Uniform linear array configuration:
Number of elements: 4
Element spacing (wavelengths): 1
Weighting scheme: binomial
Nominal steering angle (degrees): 60
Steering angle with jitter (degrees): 59.814
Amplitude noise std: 0.05
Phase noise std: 0.05

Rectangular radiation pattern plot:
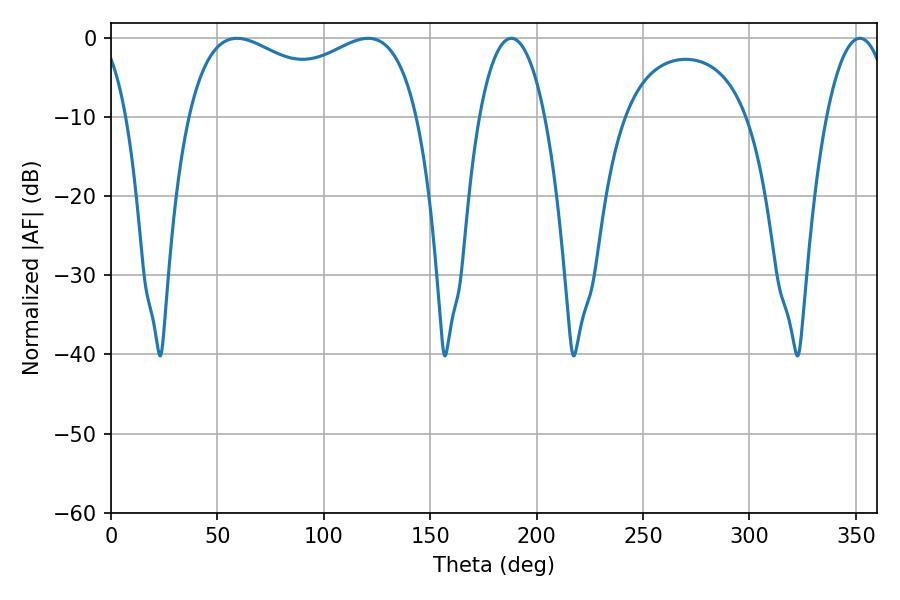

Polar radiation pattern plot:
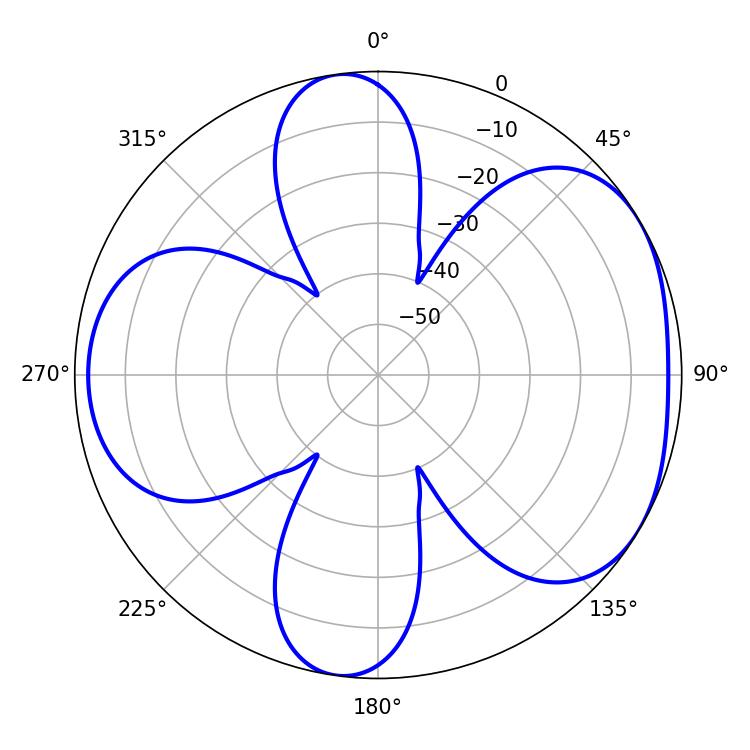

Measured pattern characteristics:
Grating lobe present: TRUE
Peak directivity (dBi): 4.715
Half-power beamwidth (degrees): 17.28
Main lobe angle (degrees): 188.1